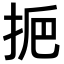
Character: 𢫷